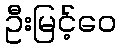
ဦးမြင့်ဝေ